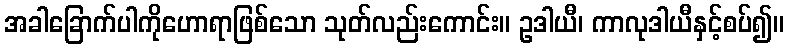
အခါခြောက်ပါကိုဟောရာဖြစ်သော သုတ်လည်းကောင်း။ ဥဒါယီ၊ ကာလုဒါယီနှင့်စပ်၍။